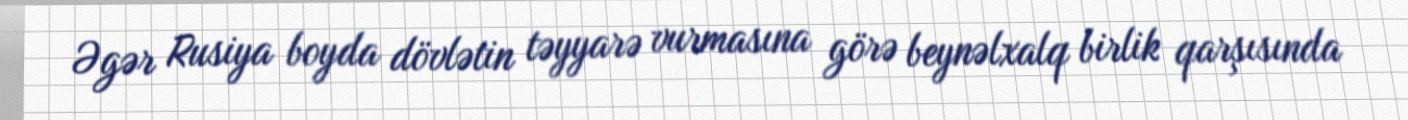
Əgər Rusiya boyda dövlətin təyyarə vurmasına görə beynəlxalq birlik qarşısında